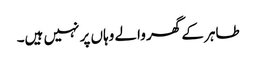
طاہر کے گھر والے وہاں پر نہیں ہیں۔